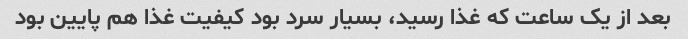
بعد از یک ساعت که غذا رسید، بسیار سرد بود کیفیت غذا هم پایین بود